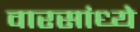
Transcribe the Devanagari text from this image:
वारसांध्ये